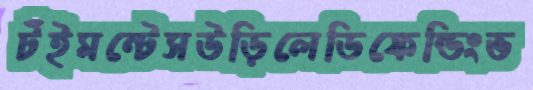
টঁইমন্টেসউড়িলেডিফেন্ডিংভ